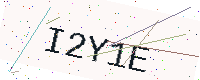
Text: I2Y1E